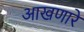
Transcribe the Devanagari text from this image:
आखणारे